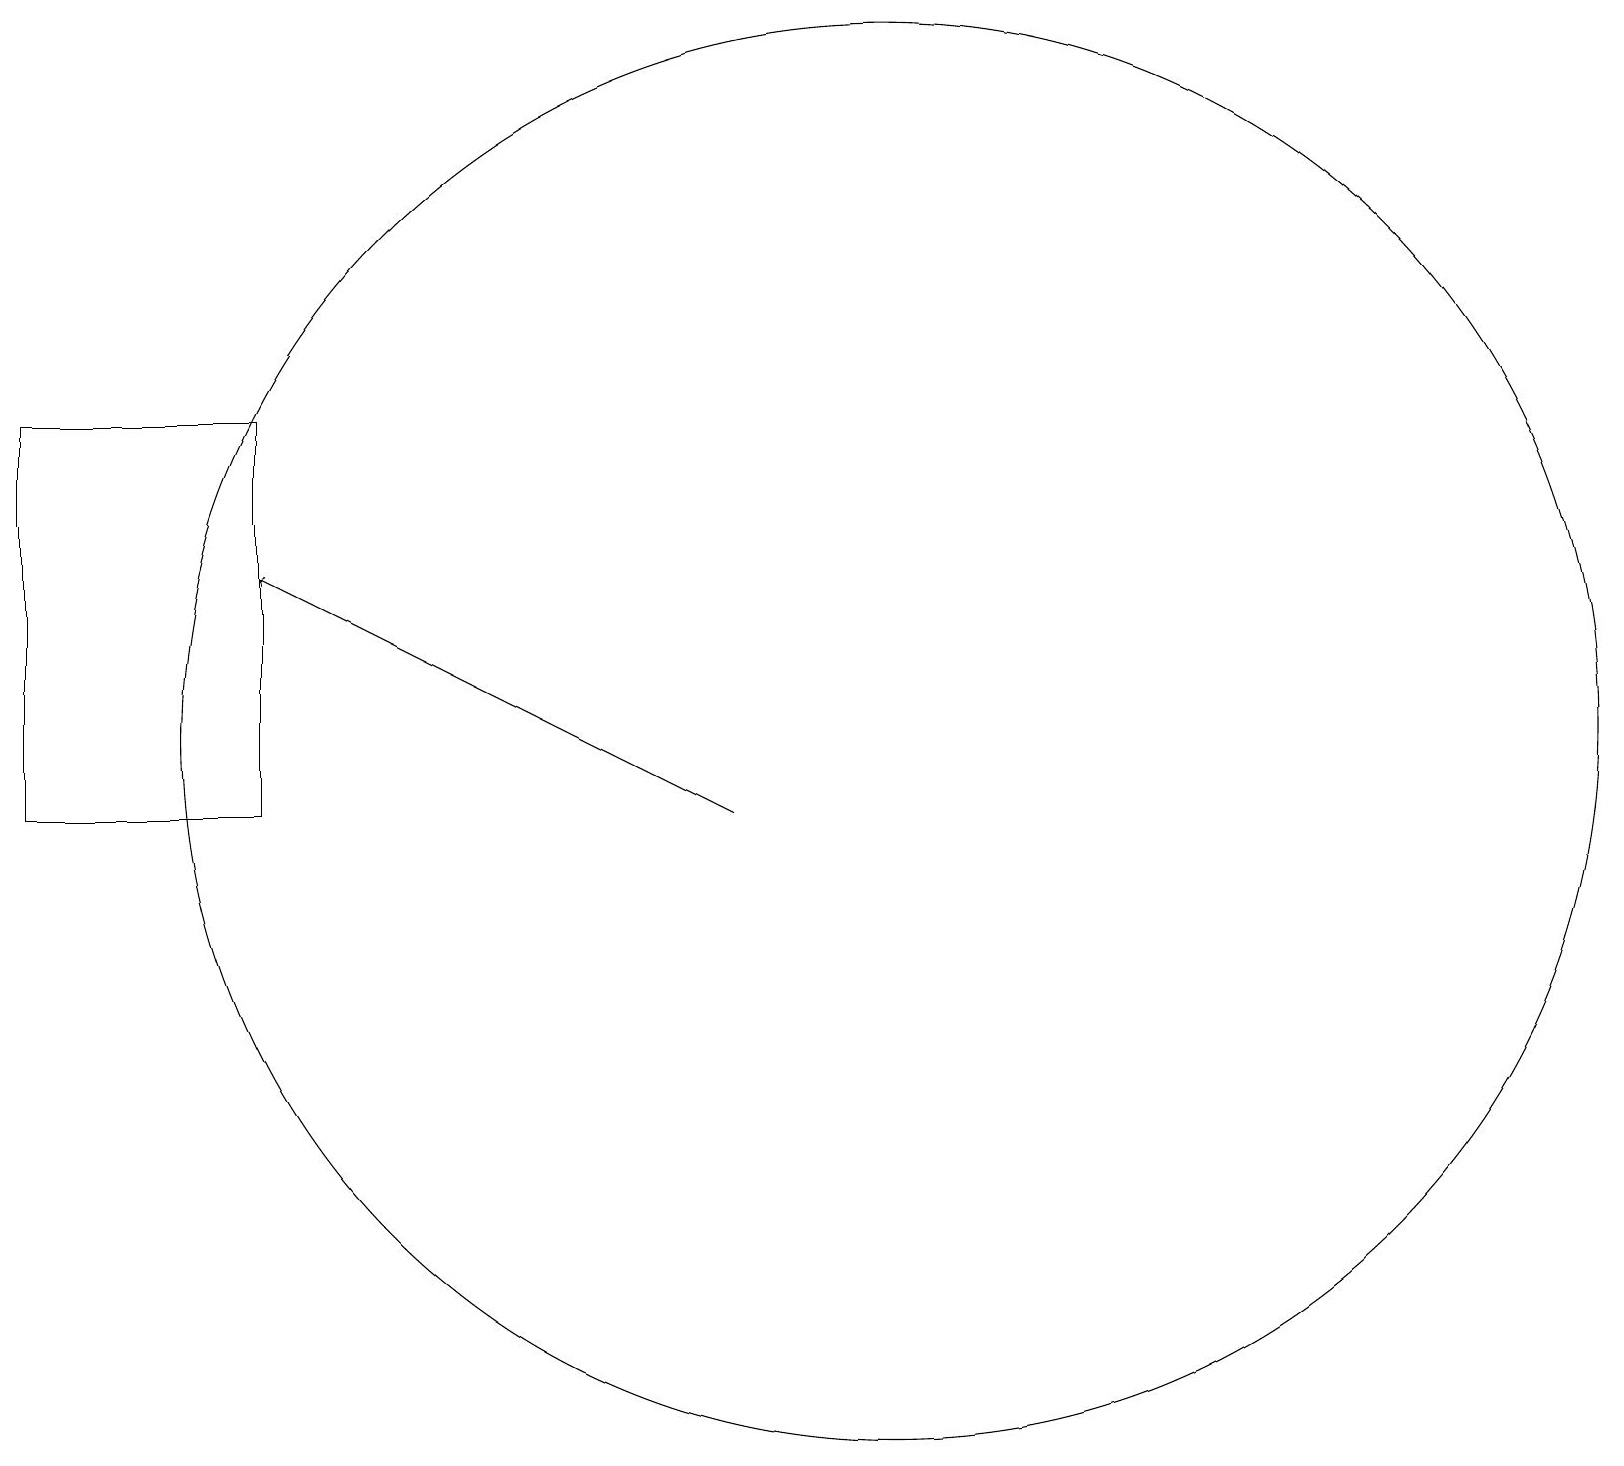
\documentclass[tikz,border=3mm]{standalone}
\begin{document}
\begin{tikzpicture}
\draw (3,10) rectangle (0,15);
\draw (11,11) circle (9);
\draw[->] (9,10) -- (3,13);
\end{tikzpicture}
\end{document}